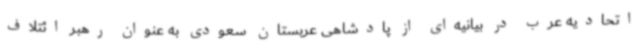
اتحادیه عرب در بیانیه‌ای از پادشاهی عربستان سعودی به عنوان رهبر ائتلاف